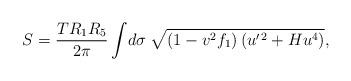
LaTeX: \begin{align*}S = \frac{T R_1R_5}{ 2 \pi} \int \! d \sigma \; \sqrt{(1-v^2 f_1) \left( u^{\prime \, 2}+ H u^4 \right)},\end{align*}